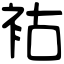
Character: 𧙖